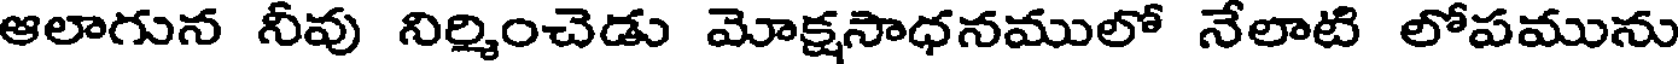
ఆలాగున నీవు నిర్మించెడు మోక్షసాధనములో నేలాటి లోపమును